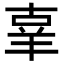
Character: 𦍬